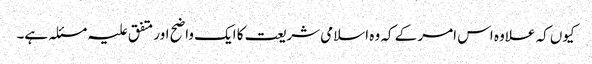
کیوں کہ علاوہ اس امر کے کہ وہ اسلامی شریعت کا ایک واضح اور متفق علیہ مسئلہ ہے۔